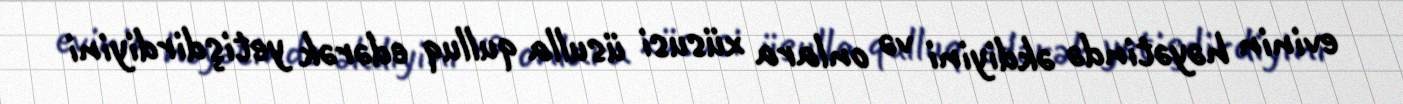
evinin həyətində əkdiyini və onlara xüsusi üsulla qulluq edərək yetişdirdiyini